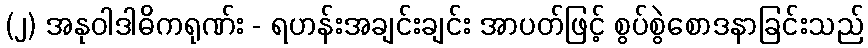
(၂) အနုဝါဒါဓိကရုဏ်း - ရဟန်းအချင်းချင်း အာပတ်ဖြင့် စွပ်စွဲစောဒနာခြင်းသည်